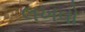
લખવો